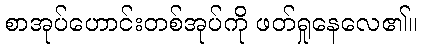
စာအုပ်ဟောင်းတစ်အုပ်ကို ဖတ်ရှုနေလေ၏။